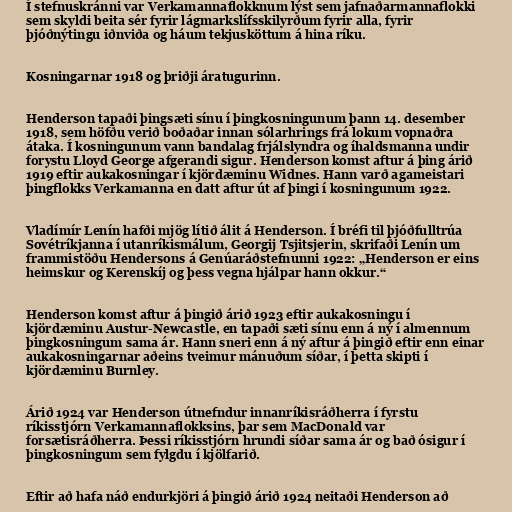
Í stefnuskránni var Verkamannaflokknum lýst sem jafnaðarmannaflokki
sem skyldi beita sér fyrir lágmarkslífsskilyrðum fyrir alla, fyrir
þjóðnýtingu iðnviða og háum tekjusköttum á hina ríku.

Kosningarnar 1918 og þriðji áratugurinn.

Henderson tapaði þingsæti sínu í þingkosningunum þann 14. desember
1918, sem höfðu verið boðaðar innan sólarhrings frá lokum vopnaðra
átaka. Í kosningunum vann bandalag frjálslyndra og íhaldsmanna undir
forystu Lloyd George afgerandi sigur. Henderson komst aftur á þing árið
1919 eftir aukakosningar í kjördæminu Widnes. Hann varð agameistari
þingflokks Verkamanna en datt aftur út af þingi í kosningunum 1922.

Vladímír Lenín hafði mjög lítið álit á Henderson. Í bréfi til þjóðfulltrúa
Sovétríkjanna í utanríkismálum, Georgij Tsjitsjerin, skrifaði Lenín um
frammistöðu Hendersons á Genúaráðstefnunni 1922: „Henderson er eins
heimskur og Kerenskíj og þess vegna hjálpar hann okkur.“

Henderson komst aftur á þingið árið 1923 eftir aukakosningu í
kjördæminu Austur-Newcastle, en tapaði sæti sínu enn á ný í almennum
þingkosningum sama ár. Hann sneri enn á ný aftur á þingið eftir enn einar
aukakosningarnar aðeins tveimur mánuðum síðar, í þetta skipti í
kjördæminu Burnley.

Árið 1924 var Henderson útnefndur innanríkisráðherra í fyrstu
ríkisstjórn Verkamannaflokksins, þar sem MacDonald var
forsætisráðherra. Þessi ríkisstjórn hrundi síðar sama ár og bað ósigur í
þingkosningum sem fylgdu í kjölfarið.

Eftir að hafa náð endurkjöri á þingið árið 1924 neitaði Henderson að